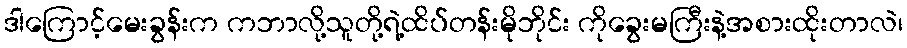
ဒါကြောင့်မေးခွန်းက ကဘာလို့သူတို့ရဲ့ထိပ်တန်းမိုဘိုင်း ကိုခွေးမကြီးနဲ့အစားထိုးတာလဲ၊